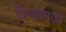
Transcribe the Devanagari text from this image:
विश्वासाचा